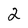
Character: 2